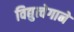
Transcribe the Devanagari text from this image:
विद्युत्‍वेगाने